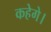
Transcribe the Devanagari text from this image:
कहेगे।